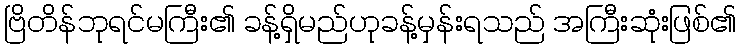
ဗြိတိန်ဘုရင်မကြီး၏ ခန့်ရှိမည်ဟုခန့်မှန်းရသည် အကြီးဆုံးဖြစ်၏